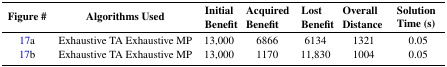
<table><thead><tr><td><b>Figure #</b></td><td><b>Algorithms Used</b></td><td><b>Initial Benefit</b></td><td><b>Acquired Benefit</b></td><td><b>Lost Benefit</b></td><td><b>Overall Distance</b></td><td><b>Solution Time (s)</b></td></tr></thead><tbody><tr><td>17a</td><td>Exhaustive TA Exhaustive MP</td><td>13,000</td><td>6866</td><td>6134</td><td>1321</td><td>0.05</td></tr><tr><td>17b</td><td>Exhaustive TA Exhaustive MP</td><td>13,000</td><td>1170</td><td>11,830</td><td>1004</td><td>0.05</td></tr></tbody></table>